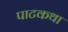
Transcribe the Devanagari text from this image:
पाटकथा